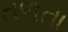
તળતા